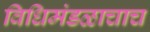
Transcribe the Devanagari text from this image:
विधिमंडळाचाच